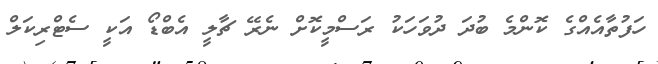
ހަފުތާއެއްގެ ކޮންމެ ބުދަ ދުވަހަކު ރަސްމީކޮށް ނެރޭ ޗާލީ އެބްޑޯ އަކީ ސެޓްރިކަލް